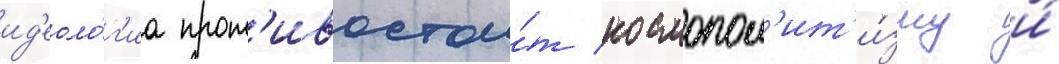
ид'еоло́г'иа прот'ивостои́т космопол'ит'и́зму и́